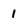
Character: 1